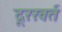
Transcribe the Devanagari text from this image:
दूररवर्त